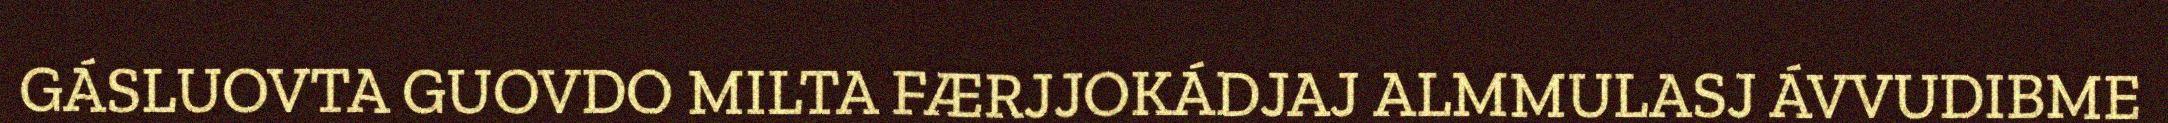
GÁSLUOVTA GUOVDO MILTA FÆRJJOKÁDJAJ ALMMULASJ ÁVVUDIBME